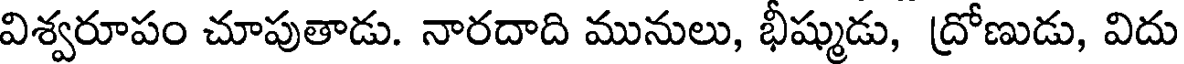
విశ్వరూపం చూపుతాడు. నారదాది మునులు, భీష్ముడు, ద్రోణుడు, విదు